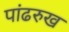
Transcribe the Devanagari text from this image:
पांढरुख